Civil Veterinary Department. Madras. Admin. report 1910-25 - 1910-1925
Year: 1910
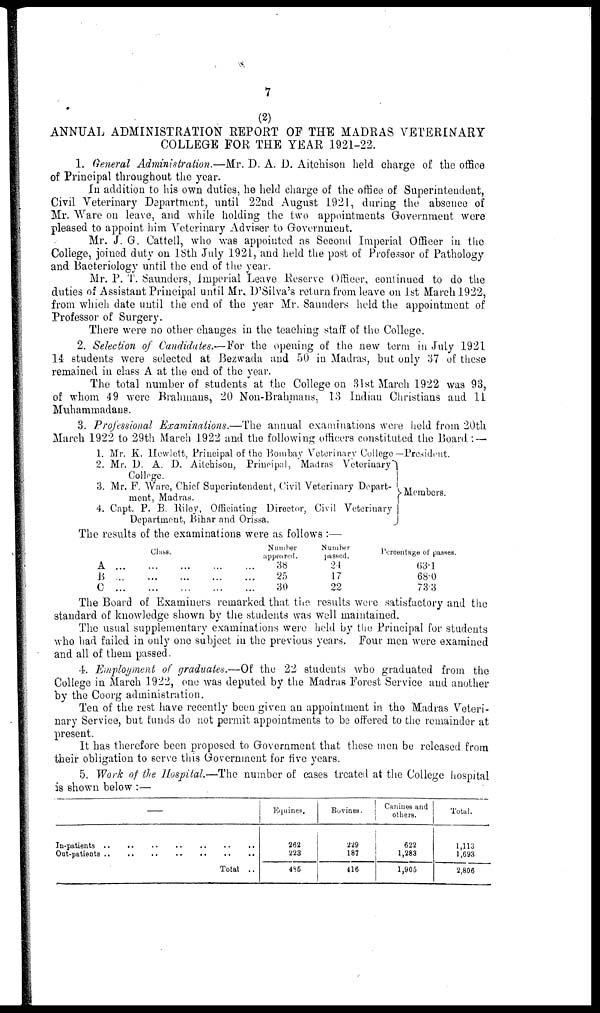
7
ANNUAL ADMINISTRATION REPORT OF THE MADRAS VETERINARY
COLLEGE FOR THE YEAR 1921-22.
1. General Administration.—Mr. D. A. D. Aitchison held charge of the office
of Principal throughout the year.
In addition to his own duties, he held charge of the office of Superintendent,
Civil Veterinary Department, until 22nd August 1921, during the absence of
Mr. Ware on leave, and while holding the two appointments Government wore
pleased to appoint him Veterinary Adviser to Government.
Mr. J. G. Cattell, who was appointed as Second Imperial Officer in the
College, joined duty on 18th July 1921, and held the post of Professor of Pathology
and Bacteriology until the end of the year.
Mr. P. T. Saunders, Imperial Leave Reserve Officer, continued to do the
duties of Assistant Principal until Mr. D'Silva's return from leave on 1st March 1922,
from which date until the end of the year Mr. Saunders held the appointment of
Professor of Surgery.
There were no other changes in the teaching staff of the College.
2. Selection of Candidates.—For the opening of the new term in July 1921
14 students were selected at Bezwada and 50 in Madras, but only 37 of these
remained in class A at the end of the year.
The total number of students at the College on 81st March 1922 was 93,
of whom 4 9 were Brahmans, 20 Non-Brahmans, 13 Indian Christians and 11
Muhammadans.
3. Professional Examinations.—The annual examinations were held from 20th
March 1922 to 29th March 1922 and the following officers constituted the Board : —
1.
2.
3.
4.
Mr. K. Hewlett, Principal of the Bombay Veterinary College—President.
Mr. D. A. D. Aitchison, Principal, Madras Veterinary
College.
Mr. F. Ware, Chief Superintendent, Civil Veterinary Depart-
ment, Madras.
Capt. P. B. Riley, Officiating Director, Civil Veterinary
Department, Bihar and Orissa.
J
Members.
The results of the examinations were as follows :—
A ...
B ...
C ...
Clubs.
...
......
...
...
...
...
...
...
...
...
...
...
Number
appeared.
38
25
30
Number
passed.
24
17
22
Percentage of passes.
63.1
68.0
73.3
The Board or Examiners remarked that the results were satisfactory and the
standard of knowledge shown by the students was well maintained.
The usual supplementary examinations were held by the Principal for students
who had failed in only one subject in the previous years. Four men were examined
and all of them passed.
4. Employment of graduates.—Of the 22 students who graduated from the
College in March 1922, one was deputed by the Madras Forest Service and another
by the Coorg administration.
Ten of the rest have recently been given an appointment in the Madras Veteri-
nary Service, but funds do not permit appointments to be offered to the remainder at
present.
It has therefore been proposed to Government that these men be released from
their obligation to serve this Government for five years.
5. Work of the Hospital.—The number of cases treated at the College hospital
is shown below :—
—
In-patients ..
Out-patients ..
..
..
..
..
..
..
..
..
..
..
Total
..
..
..
Equines.
262
223
485
Bovines.
229
187
416
Caniues and
others.
622
1,283
1,905
Total.
1,113
1,693
2,806